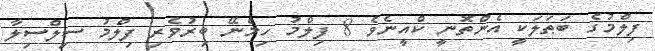
ފިލްމުގެ ބަޠަލަކީ އެންތޮނީ ކްއީނެވެ 8 ފިލްމު ހިމެނޭ ބިރުވެރި ފިލްމު ސިލްސިލާ